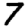
Digit: 7